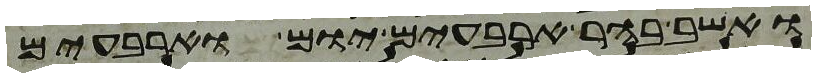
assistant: ואשב בהר ארבעים יום וארבעים